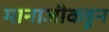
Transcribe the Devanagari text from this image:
मानाजीकडून